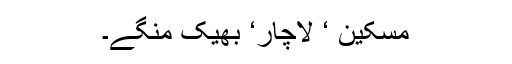
مسکین ‘ لاچار‘ بھیک منگے۔